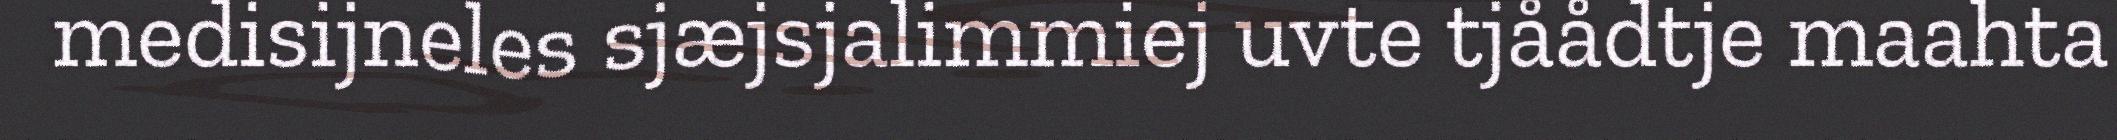
medisijneles sjæjsjalimmiej uvte tjåådtje maahta